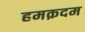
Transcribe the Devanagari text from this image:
हमक़दम